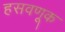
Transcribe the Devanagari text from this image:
हसवणूक